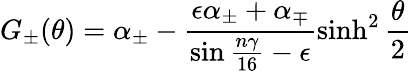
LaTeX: G_{\pm}(\theta)=\alpha_{\pm}-\frac{\epsilon\alpha_{\pm}+\alpha_{\mp}}{\sin{\frac{n\gamma}{16}}-\epsilon}\sinh^{2}\frac{\theta}{2}